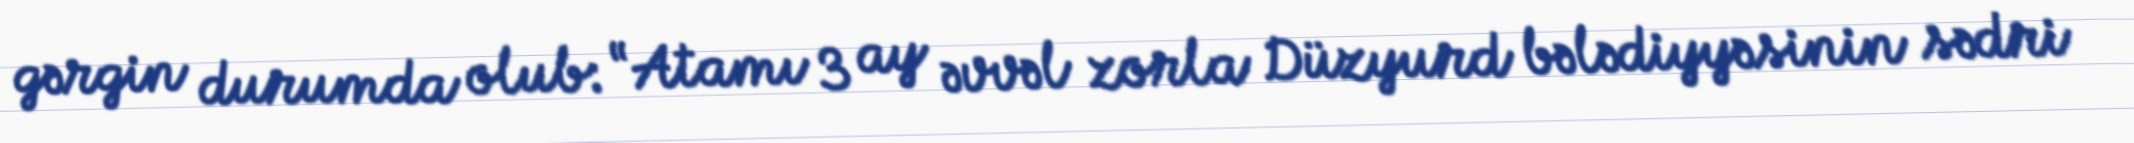
gərgin durumda olub: “Atamı 3 ay əvvəl zorla Düzyurd bələdiyyəsinin sədri